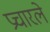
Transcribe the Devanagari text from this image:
प्रचारले